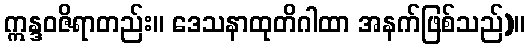
ဣန္ဒဝဇိရာတည်း။ ဒေသနာထုတိဂါထာ အနက်ဖြစ်သည်)။